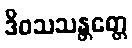
ဒိဝသသန္တတ္တေ